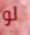
لو